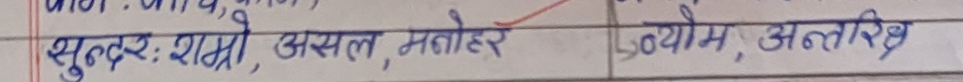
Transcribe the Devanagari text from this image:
सुन्दर: राम्रो, असल, मनोहर | व्योम, अन्तरिक्ष